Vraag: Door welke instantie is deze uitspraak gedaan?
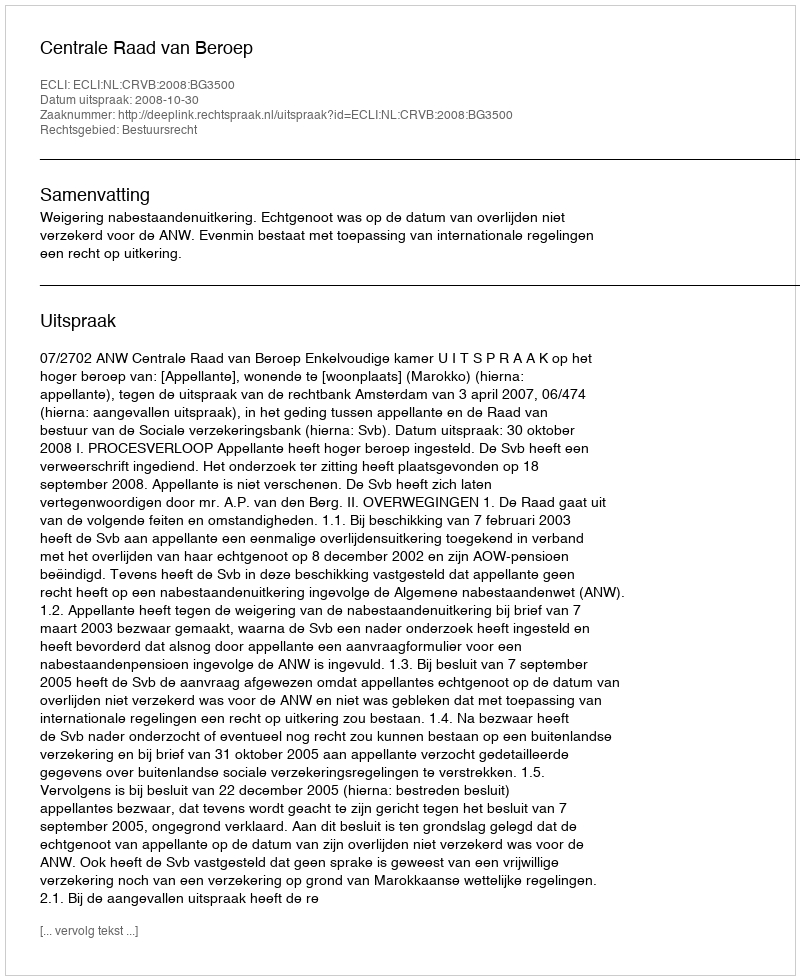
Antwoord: Centrale Raad van Beroep